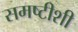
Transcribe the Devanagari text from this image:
समष्टीशी